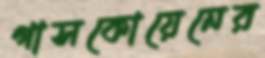
গাসকোয়েনের